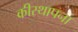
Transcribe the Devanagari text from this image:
कीस्थापना